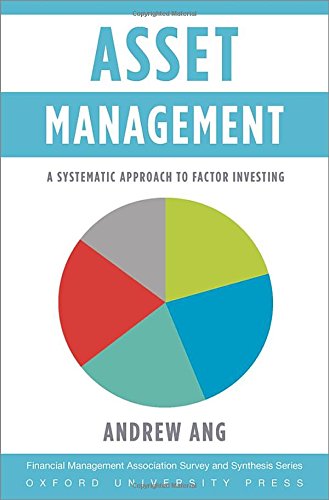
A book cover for Asset Management: A Systematic Approach to Factor Investing (Financial Management Association Survey and Synthesis); Andrew Ang; Business & Money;